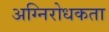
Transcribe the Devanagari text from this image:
अग्निरोधकता